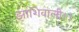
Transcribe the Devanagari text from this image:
झांशिवाली।।